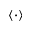
\langle \cdot \rangle